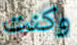
وكنت